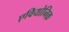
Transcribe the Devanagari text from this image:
एवियोनिक